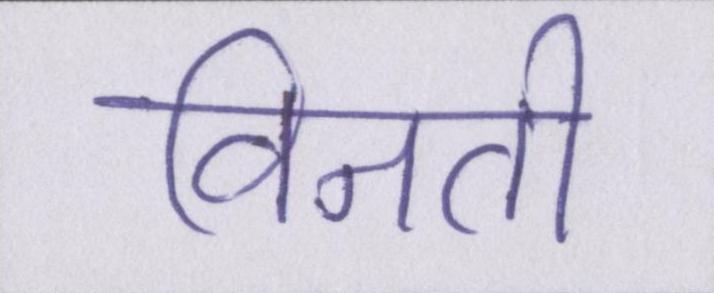
विनती